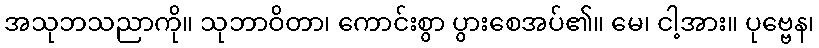
အသုဘသညာကို။ သုဘာဝိတာ၊ ကောင်းစွာ ပွားစေအပ်၏။ မေ၊ ငါ့အား။ ပုဗ္ဗေန၊